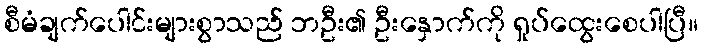
စီမံချက်ပေါင်းများစွာသည် ဘဦး၏ ဦးနှောက်ကို ရှုပ်ထွေးစေပါပြီ။